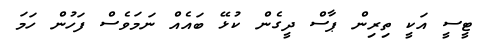
ޓީސީ އަކީ ތިރިން ޕާސް ދީގެން ކުޅޭ ބައެއް ނަމަވެސް ފަހުން ހަމަ